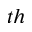
^ { t h }